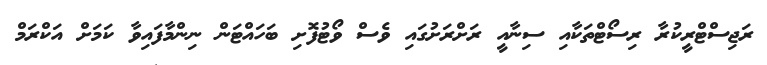
ރަޖިސްޓްރީކުރާ ރިސޯޓްތަކާއި ސިނާއީ ރަށްރަށުގައި ވެސް ވޯޓުފޮށި ބަހައްޓަން ނިންމާފައިވާ ކަމަށް އަކްރަމް